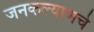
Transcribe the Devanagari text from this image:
जनकल्याणचे